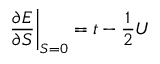
\left. \frac { \partial E } { \partial S } \right| _ { S = 0 } = t - \frac { 1 } { 2 } U